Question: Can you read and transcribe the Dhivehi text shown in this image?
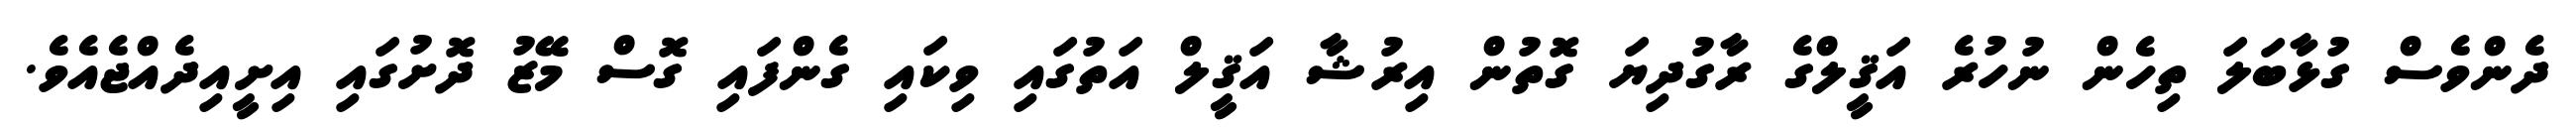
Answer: ދެންވެސް ގުޅާބަލަ ތިހެން ނުހުރެ އަޤީލްގެ ރާގުދިޔަ ގޮތުން އިރުޝާ އަޤީލް އަތުގައި ވިކައި ގެންފައި ގޮސް މޭޒު ދޮށުގައި އިށީއިދެއްޖެއެވެ.